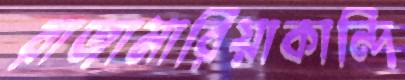
রাজামারিয়াকান্দি